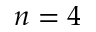
n = 4